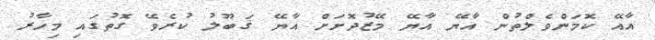
އާއޭ ކޮމަންވެލްތުން އާޔޭ އާޔޭ މޭޒުދޮށަށް އާޔޭ ޤަބޫލު ކުރެވޭ ގޮތުގައި މިހާރު